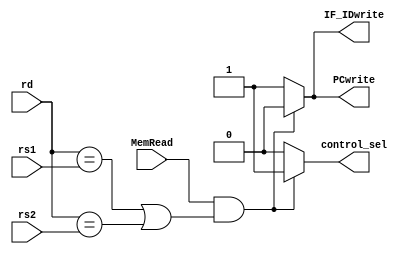
`timescale 1ns / 1ps

module hazard_detection(rd, rs1, rs2, MemRead, PCwrite, IF_IDwrite, control_sel);

input [4:0] rd;
input [4:0] rs1;
input [4:0] rs2;
input MemRead;
output reg PCwrite;
output reg IF_IDwrite;
output reg control_sel;

 always@(*) begin
        if (MemRead && ((rd == rs1) || (rd == rs2))) begin
            PCwrite <= 1'b0;
            IF_IDwrite <= 1'b0;
            control_sel <= 1'b1;
        end
        else begin
            PCwrite <= 1'b1;
            IF_IDwrite <= 1'b1;
            control_sel <= 1'b0;
        end
    end
endmodule